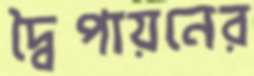
দ্বৈপায়নের